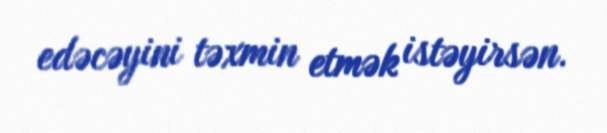
edəcəyini təxmin etmək istəyirsən.